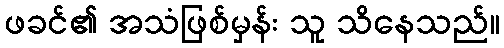
ဖခင်၏ အသံဖြစ်မှန်း သူ သိနေသည်။